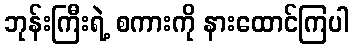
ဘုန်းကြီးရဲ့ စကားကို နားထောင်ကြပါ